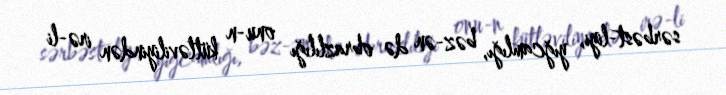
sərbəst­liyi, yığcamlığı, bəz­ən də obrazlılığı onu­n kütləviliyindən irə­li